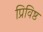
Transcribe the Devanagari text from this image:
प्रिविष्ठ